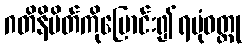
ဂတိနိမိတ်ကိုပြောင်း၍ရပုံဝတ္ထု